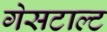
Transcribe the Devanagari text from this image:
गेसटाल्ट